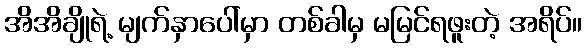
အိအိချိုရဲ့ မျက်နှာပေါ်မှာ တစ်ခါမှ မမြင်ရဖူးတဲ့ အရိပ်။